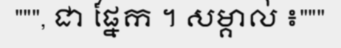
""", ជា ផ្នែក ។ សម្គាល់ ៖"""